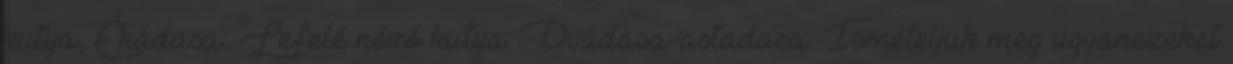
kutya, Ékádasa: Lefelé néző kutya. Dvádasa-astadasa: Ismételjük meg ugyanezeket